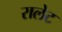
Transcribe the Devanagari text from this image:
रालेट